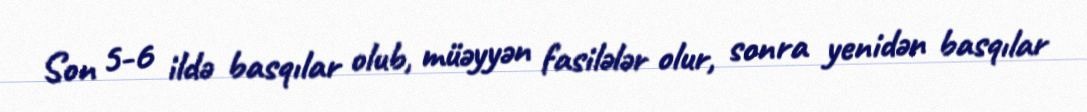
Son 5-6 ildə basqılar olub, müəyyən fasilələr olur, sonra yenidən basqılar